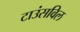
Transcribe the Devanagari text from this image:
टाउंसविल